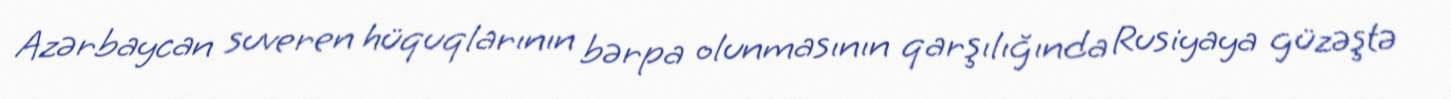
Azərbaycan suveren hüquqlarının bərpa olunmasının qarşılığında Rusiyaya güzəştə